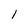
Character: l